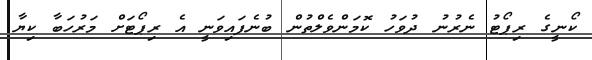
ކޯނީގެ ރިޕޯޓު ނެރުނު ދުވަހު ކޮމަންވެލްތުން ބުނެފައިވަނީ އެ ރިޕޯޓަށް މަރުހަބާ ކިޔާ